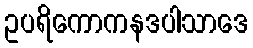
ဥပရိကောကနဒပါသာဒေ